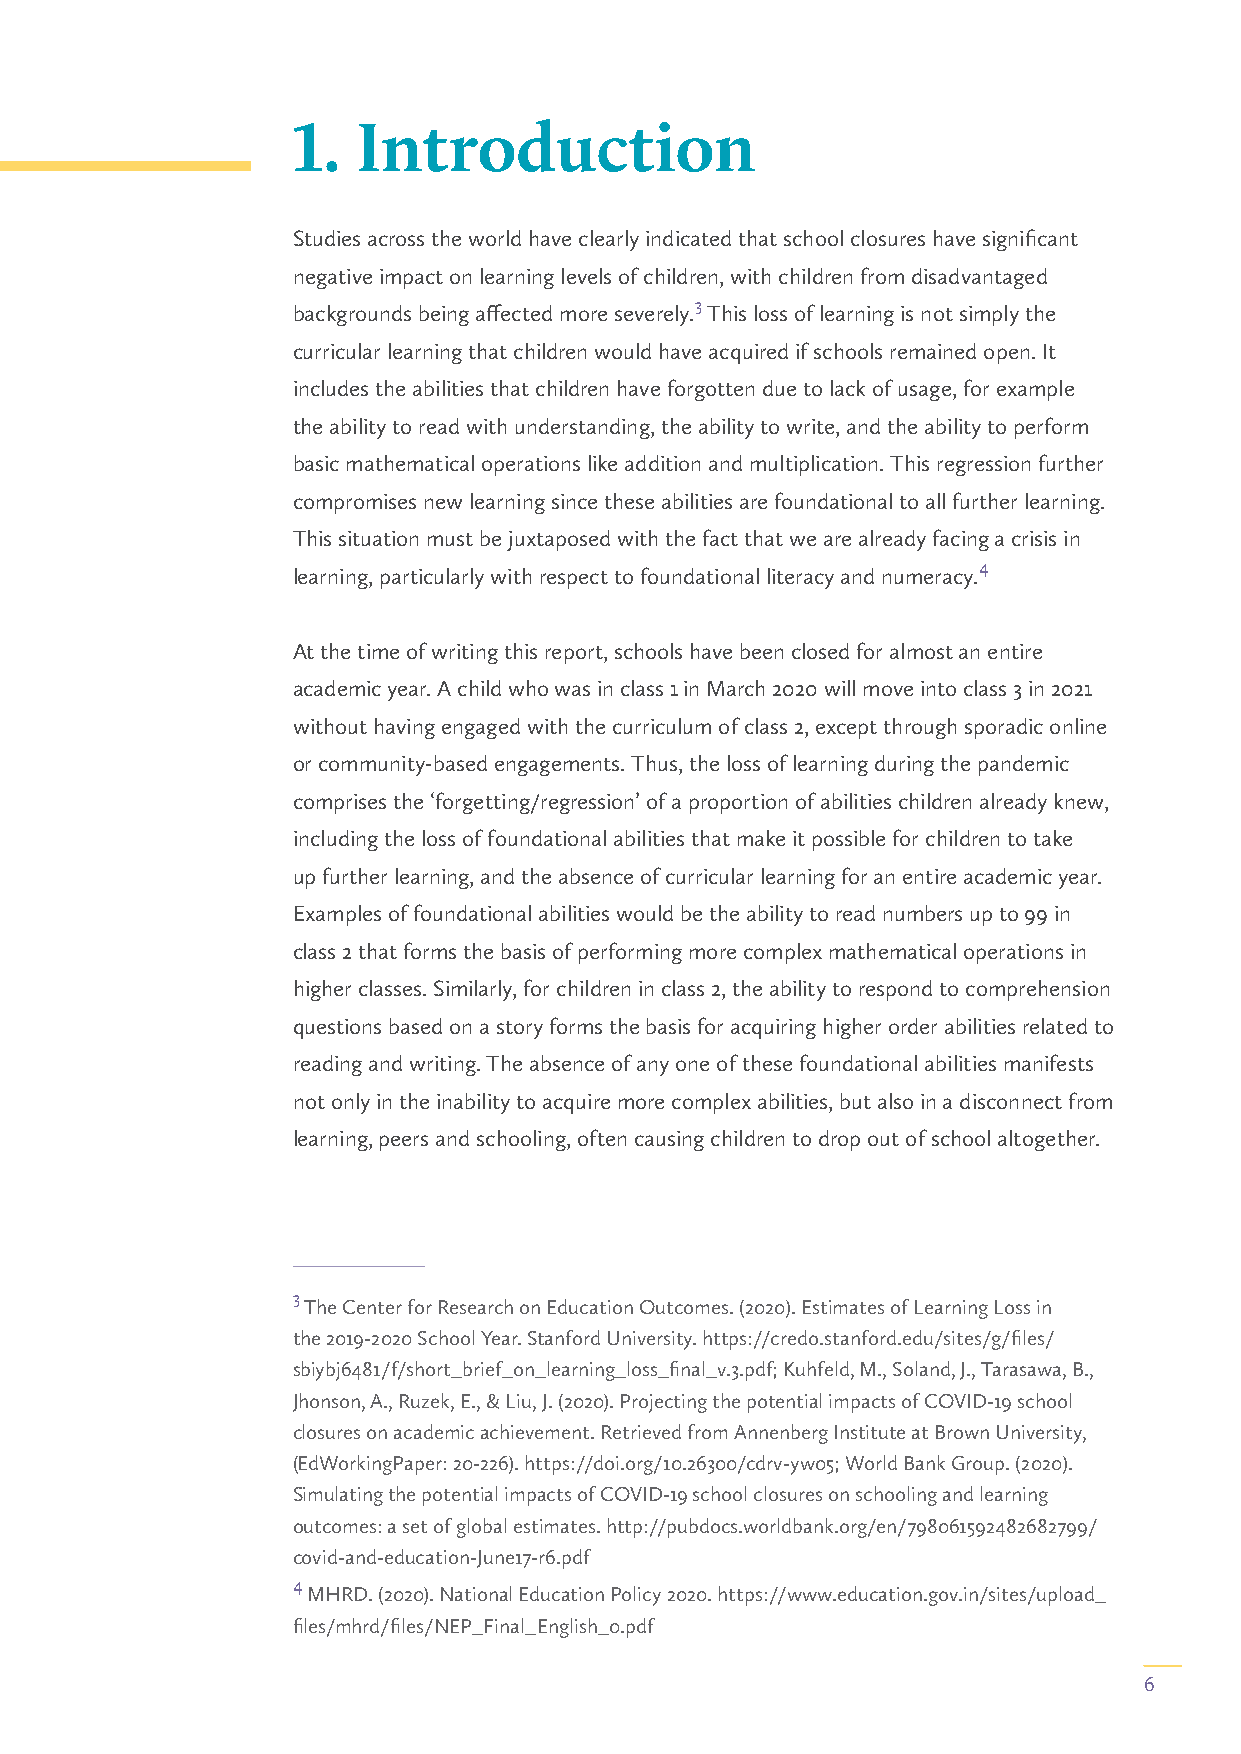
1.   Introduction
 Studies across the world have clearly indicated that school closures have significant
 negative impact on learning levels of children, with children from disadvantaged
 3
 backgrounds being affected more severely. This loss of learning is not simply the
 curricular learning that children would have acquired if schools remained open. It
 includes the abilities that children have forgotten due to lack of usage, for example
 the ability to read with understanding, the ability to write, and the ability to perform
 basic mathematical operations like addition and multiplication. This regression further
 compromises new learning since these abilities are foundational to all further learning.
 This situation must be juxtaposed with the fact that we are already facing a crisis in
 4
 learning, particularly with respect to foundational literacy and numeracy.
 At the time of writing this report, schools have been closed for almost an entire
 academic year. A child who was in class 1 in March 2020 will move into class 3 in 2021
 without having engaged with the curriculum of class 2, except through sporadic online
 or community-based engagements. Thus, the loss of learning during the pandemic
 comprises the ‘forgetting/regression’ of a proportion of abilities children already knew,
 including the loss of foundational abilities that make it possible for children to take
 up further learning, and the absence of curricular learning for an entire academic year.
 Examples of foundational abilities would be the ability to read numbers up to 99 in
 class 2 that forms the basis of performing more complex mathematical operations in
 higher classes. Similarly, for children in class 2, the ability to respond to comprehension
 questions based on a story forms the basis for acquiring higher order abilities related to
 reading and writing. The absence of any one of these foundational abilities manifests
 not only in the inability to acquire more complex abilities, but also in a disconnect from
 learning, peers and schooling, often causing children to drop out of school altogether.
 3
 The Center for Research on Education Outcomes. (2020). Estimates of Learning Loss in
 the 2019-2020 School Year. Stanford University. https://credo.stanford.edu/sites/g/files/
 sbiybj6481/f/short_brief_on_learning_loss_final_v.3.pdf; Kuhfeld, M., Soland, J., Tarasawa, B.,
 Jhonson, A., Ruzek, E., & Liu, J. (2020). Projecting the potential impacts of COVID-19 school
 closures on academic achievement. Retrieved from Annenberg Institute at Brown University,
 (EdWorkingPaper: 20-226). https://doi.org/10.26300/cdrv-yw05; World Bank Group. (2020).
 Simulating the potential impacts of COVID-19 school closures on schooling and learning
 outcomes: a set of global estimates. http://pubdocs.worldbank.org/en/798061592482682799/
 covid-and-education-June17-r6.pdf
 4
 MHRD. (2020). National Education Policy 2020. https://www.education.gov.in/sites/upload_
 files/mhrd/files/NEP_Final_English_0.pdf
 6